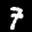
Label: 7